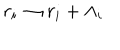
r _ { i } \rightarrow r _ { i } + \Lambda _ { i }